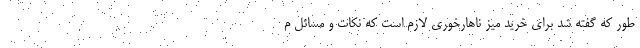
طور که گفته شد برای خرید میز ناهارخوری لازم است که نکات و مسائل م